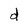
Character: d